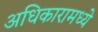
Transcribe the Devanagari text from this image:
अधिकारामध्ये